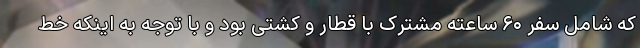
که شامل سفر ۶۰ ساعته مشترک با قطار و کشتی بود و با توجه به اینکه خط